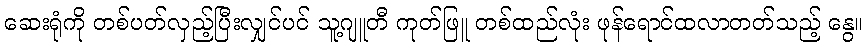
ဆေးရုံကို တစ်ပတ်လှည့်ပြီးလျှင်ပင် သူ့ဂျူတီ ကုတ်ဖြူ တစ်ထည်လုံး ဖုန်ရောင်ထလာတတ်သည့် နွေ။